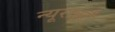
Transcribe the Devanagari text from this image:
न्यूराइटी